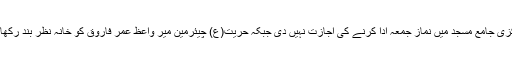
مرکزی جامع مسجد میں نماز جمعہ ادا کرنے کی اجازت نہیں دی جبکہ حریت(ع) چیئرمین میر واعظ عمر فاروق کو خانہ نظر بند رکھا گیا۔